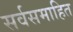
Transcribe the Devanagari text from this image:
सर्वसमाहित